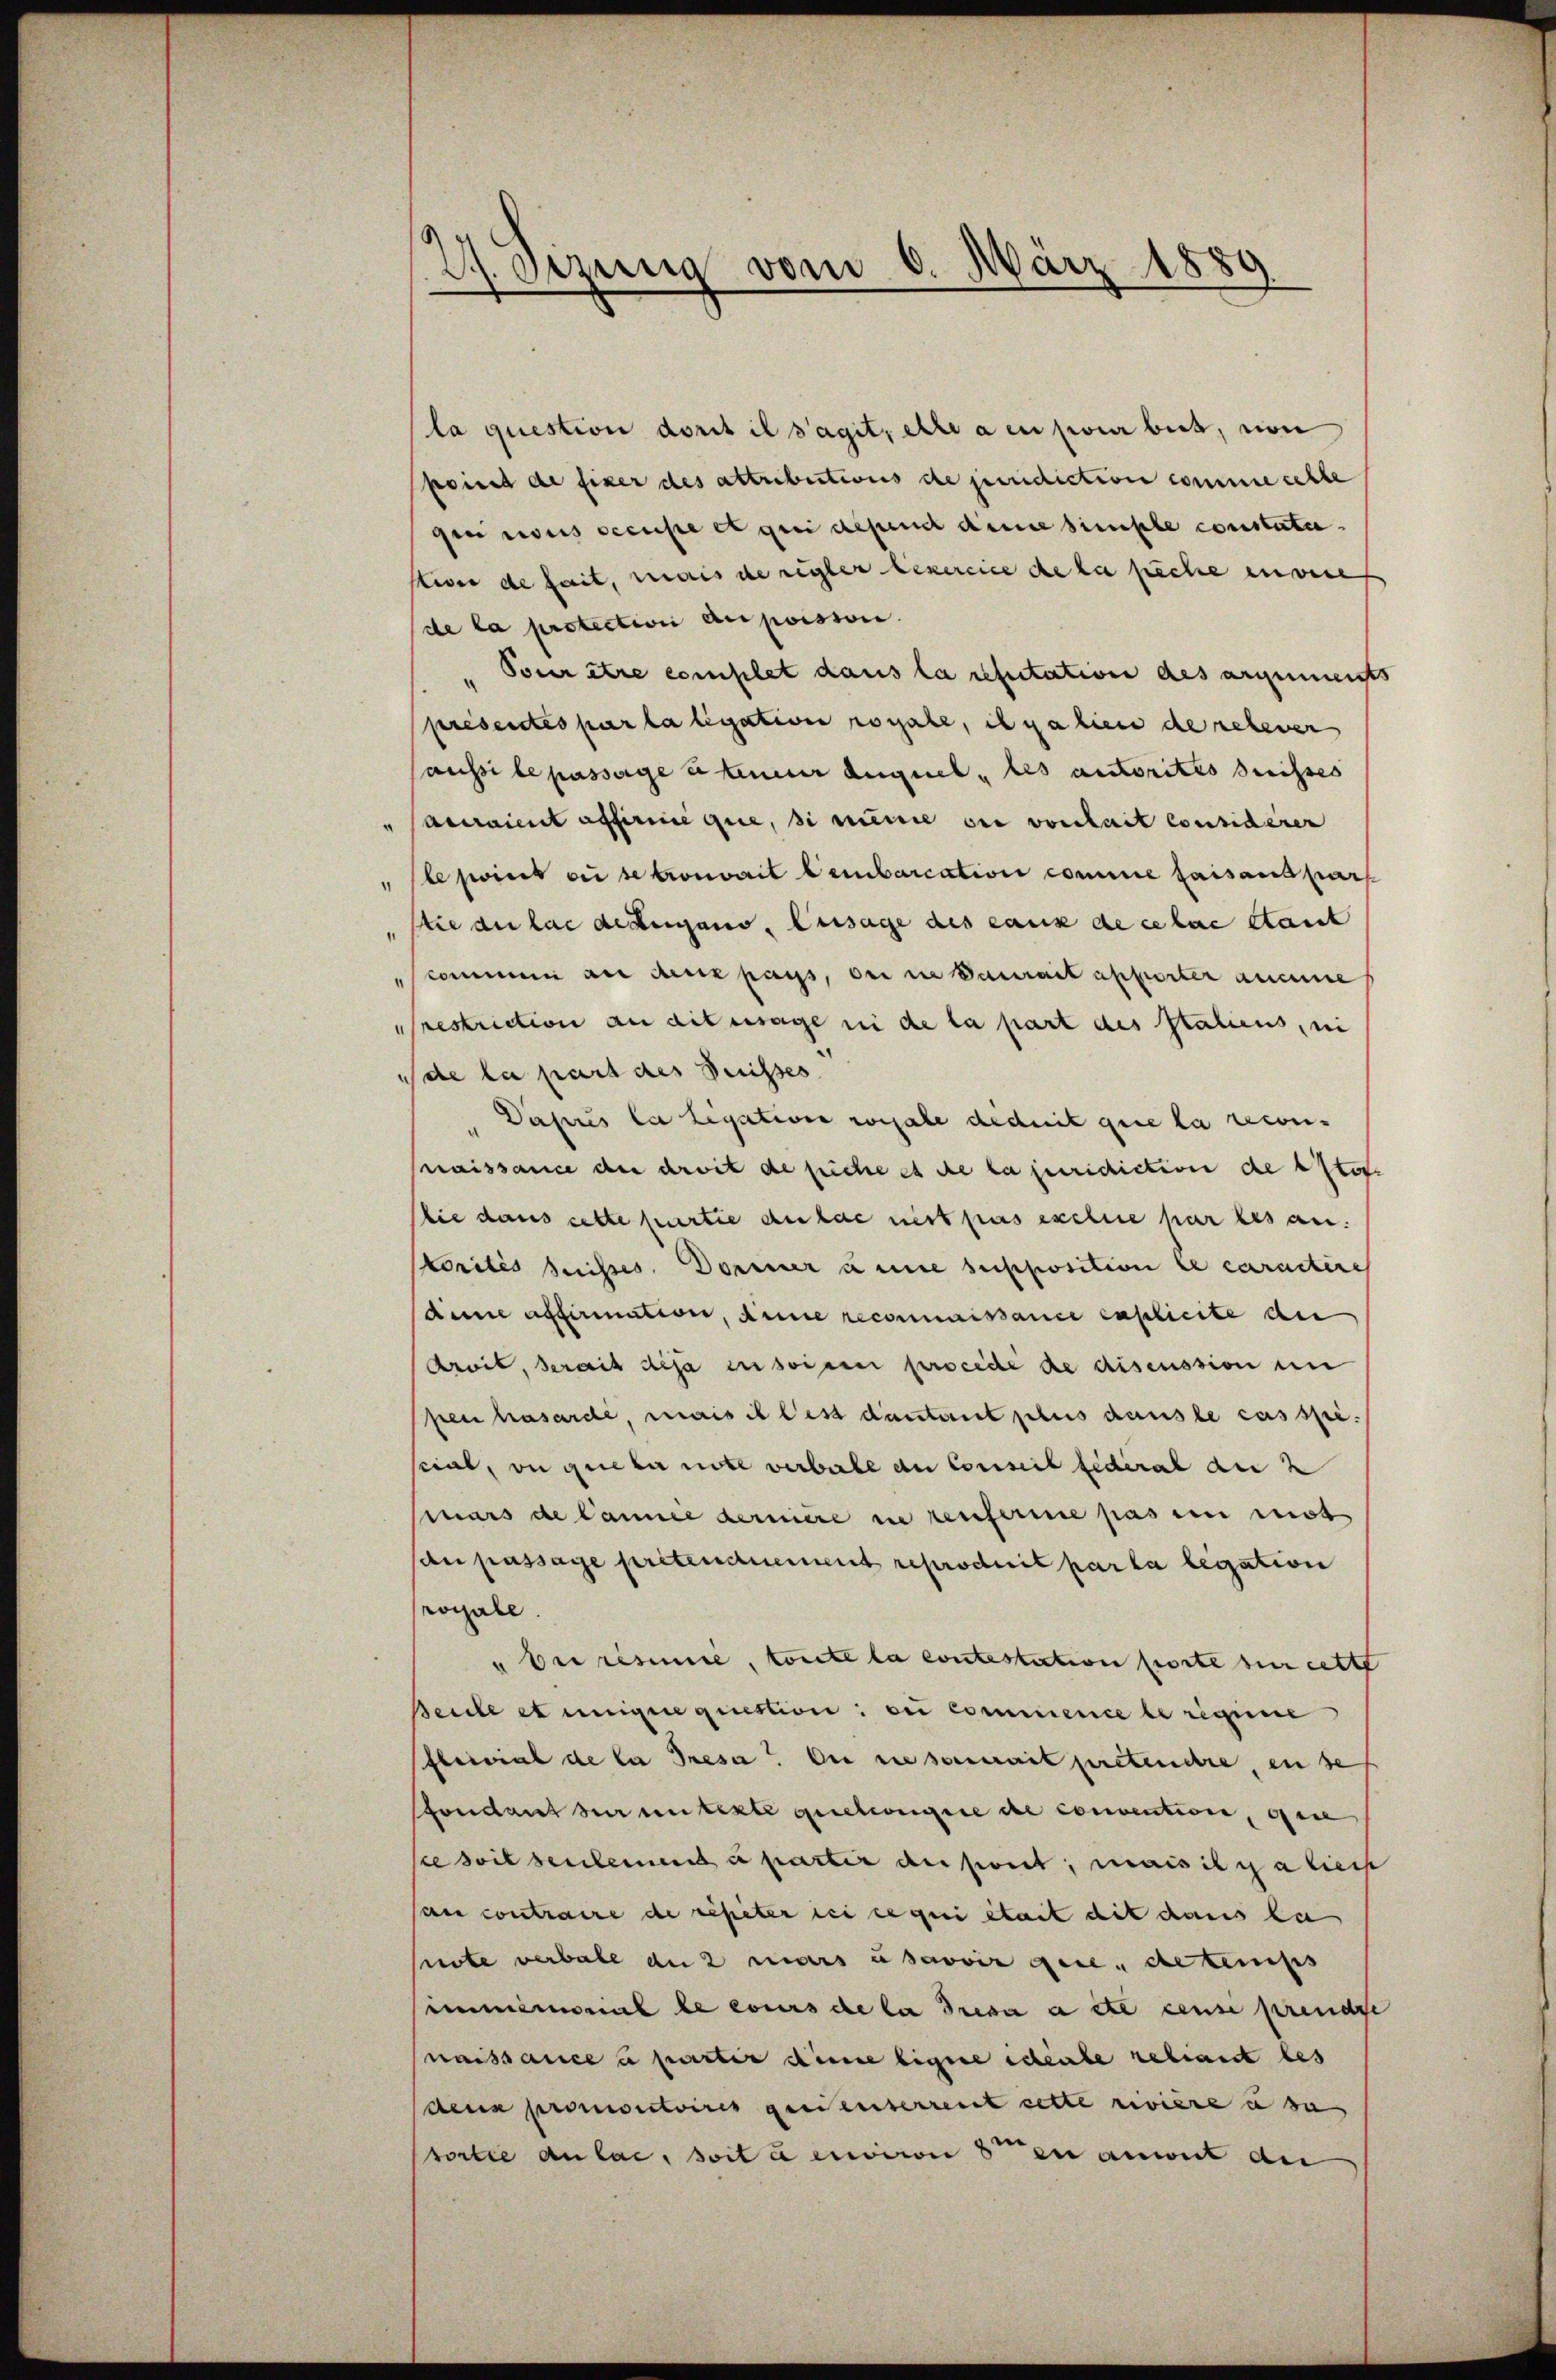
21. Sizung vom 6. März 1889

la question doris il s’agit, ehre a en pour beit, von
point de fixer des attributions de juridiction comme cette
gen nous secuse et qui depend dene simple constate.
ktive de fait, mais de regler lexercice de la suche envere
de la protection an puisson
Pour être complet dans la refuitation des angemeists
présentes par la ligation royale, ich galien de relever
saussi le passage steuerer Auguel les autorites dreisses
Antraient affirme que, si mine sie vorhait considérer
"le point sei se trouvait leibarcation comme faisanspars
stie du las dettengano, Aussage des eaux de celae stant
skommen an den pass, der in Daurait apporter aucune
restriction an ait usage in de la part des Staliens, ni
ide la part des Disses
Dapuis la legation regale deduit que la reconaissance der droit de piche et de la juridiction de Stoc
bie dans cette partie du kae nit pas exclure par les an.
Morités suisses. Dominer une supposition er caractire
dine affirmation, aine reconnaissance caplicite der
Aroit, serait deja in soie procede de discussion un
pen hasarde, mais il les dautant plus dans le cas spesciat, ou queber note verbale an Conseil federal au
mars de Cance dernière ne renferme pas en mist
an passage prétencement reproduit par la legation
royale.
" bei resie, toute la contestation porte zur cette
Beide et einige question: on commence le regene
Flrivial de la Tresa? Die ne somit prétenche, en se
Pfondaus der unterte gesehengere de convention, gese
steswil seulement u partir deswert, mais italiers
au contraire de repeter dei ce qui était dit dans la
snote verbale du 2 mars usavoir gere de temps
immemorial le cours de la Tresa a et cense prende
naissance à partir diese Eigene scheibe reliant les
deus pronvictoires gerenterrent cette rivière u da
sortie anlae, soit à environ 8ten anweit de